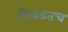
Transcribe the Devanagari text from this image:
बिघडतच